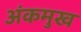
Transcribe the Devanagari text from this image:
अंकमुख